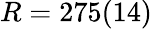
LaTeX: R=275(14)